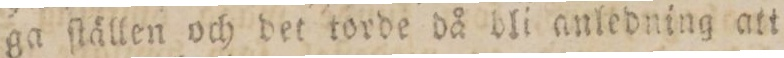
ga ſlällen och det torde då bli anledning att